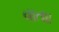
વાતાા